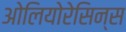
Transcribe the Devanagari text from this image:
ओलियोरेसिन्स